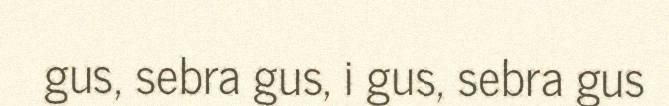
gus, sebra gus, i gus, sebra gus